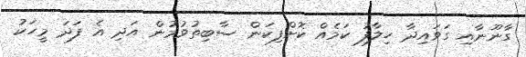
ގާނޫނާއި ގަވައިދާ ހިލާފު ކަމެއް ކޮށްފިކަން ސާބިތުވުމުން އަދި އެ ފަދަ މީހަކު